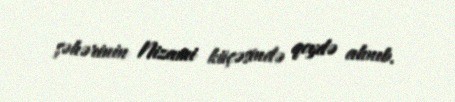
şəhərinin Nizami küçəsində qeydə alınıb.